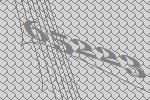
65223